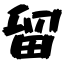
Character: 留